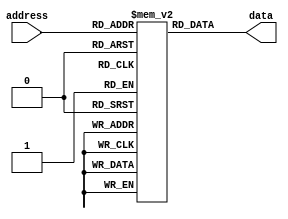
module PROM (
    input wire [N-1:0] address,
    output reg [M-1:0] data
);

parameter N = 8; // Number of address bits
parameter M = 16; // Number of data bits

reg [M-1:0] memory [0:2**N-1]; // Define memory blocks

initial
begin
    // Initialize memory with data values
    memory[0] = 16'hFF00; // Example data
    memory[1] = 16'h0F0F; // Example data
    // Add more memory blocks as needed
end

always @*
begin
    // Output data based on input address
    data = memory[address];
end

endmodule